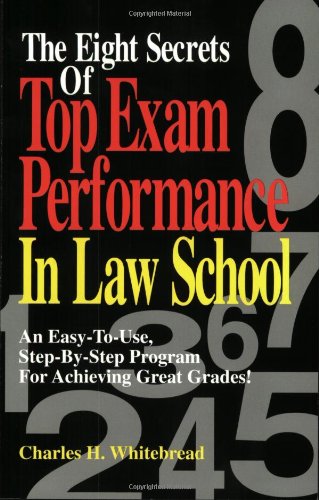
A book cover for The Eight Secrets Of Top Exam Performance In Law School: An Easy-To-Use, Step-by-Step Program for Achieving Great Grades!; Nichols Publishing / Seloc Publications; Education & Teaching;